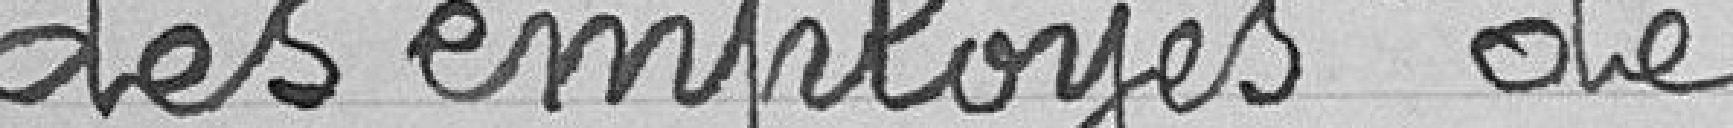
des employés de